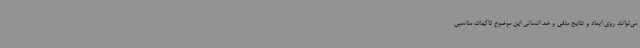
می‌توانند روی ابعاد و نتایح منفی و ضد انسانی این موضوع تاکیدات مناسبی